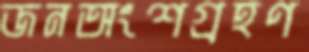
জনঅংশগ্রহণ